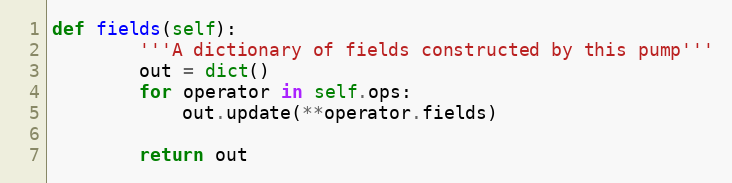
Language: Python
def fields(self):
        '''A dictionary of fields constructed by this pump'''
        out = dict()
        for operator in self.ops:
            out.update(**operator.fields)

        return out